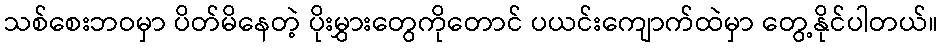
သစ်စေးဘဝမှာ ပိတ်မိနေတဲ့ ပိုးမွှားတွေကိုတောင် ပယင်းကျောက်ထဲမှာ တွေ့နိုင်ပါတယ်။